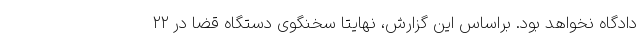
دادگاه نخواهد بود. براساس این گزارش، نهایتا سخنگوی دستگاه قضا در ۲۲